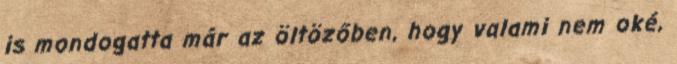
is mondogatta már az öltözőben, hogy valami nem oké,